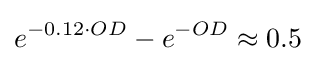
e^{-0.12\cdot OD}-e^{-OD}\approx 0.5